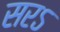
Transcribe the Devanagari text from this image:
सरऽ